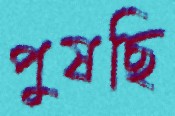
পুষছি